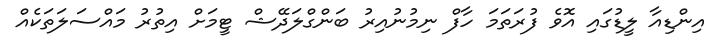
އިންޑިއާ ލީޑުގައި އޮވެ ފުރަތަމަ ހާފް ނިމުނުއިރު ބަންގްލަދޭޝް ޓީމަށް އިތުރު މައްސަލަތަކެއް